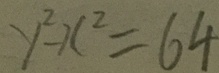
y ^ { 2 } - x ^ { 2 } = 6 4